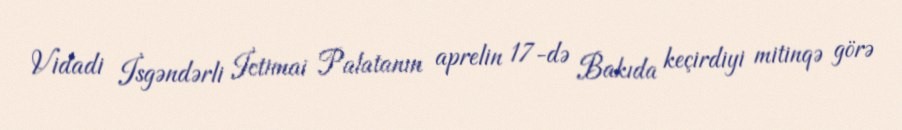
Vidadi İsgəndərli İctimai Palatanın aprelin 17-də Bakıda keçirdiyi mitinqə görə